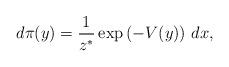
LaTeX: \begin{align*} d \pi (y)= \frac{1}{{z}^{*}} \exp \left( - V(y) \right) \, dx,\end{align*}